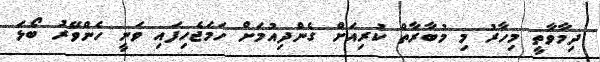
ދިމާވާތީ މިހާރު މި މުބާރާތް ކުރިއަށް ގެންދިއުމަށް ހަމަޖެހިފައި ވަނީ ހެންވޭރު ބޯޅަ